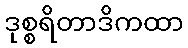
ဒုစ္စရိတာဒိကထာ